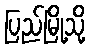
ပြည်မြို့သို့